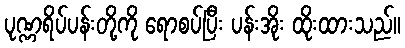
ပုဏ္ဏရိပ်ပန်းတို့ကို ရောစပ်ပြီး ပန်းအိုး ထိုးထားသည်။